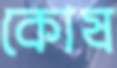
কোষ